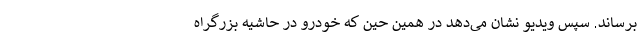
برساند. سپس ویدیو نشان می‌دهد در همین حین که خودرو در حاشیه بزرگراه